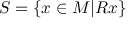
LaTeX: S = \{ x \in M | R x \}